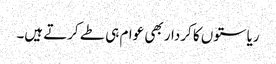
ریاستوں کا کردار بھی عوام ہی طے کرتے ہیں۔